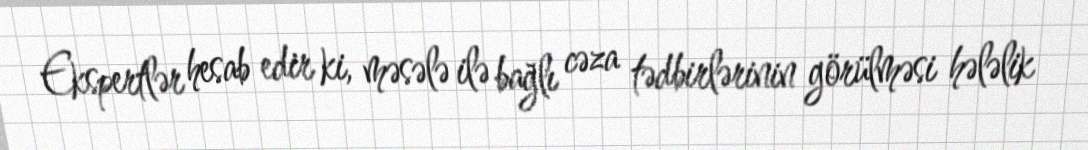
Ekspertlər hesab edir ki, məsələ ilə bağlı cəza tədbirlərinin görülməsi hələlik